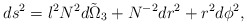
\begin{align*} ds^2=l^2N^2\tilde {d\Omega_3} +N^{-2}dr^2 +r^2d\phi^2,\end{align*}